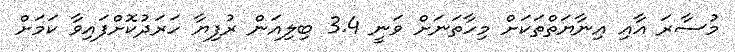
މުސާރަ އާއި އިނާޔަތްތަކަށް މިހާތަނަށް ވަނީ 3.4 ބިލިއަން ރުފިޔާ ހަރަދުކޮށްފައިވާ ކަމަށް